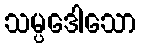
သမ္ပဒေါသော